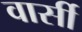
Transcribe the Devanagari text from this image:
वार्सी